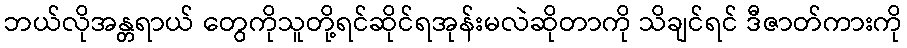
ဘယ်လိုအန္တရာယ် တွေကိုသူတို့ရင်ဆိုင်ရအုန်းမလဲဆိုတာကို သိချင်ရင် ဒီဇာတ်ကားကို